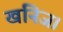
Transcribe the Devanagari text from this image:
खनिज।